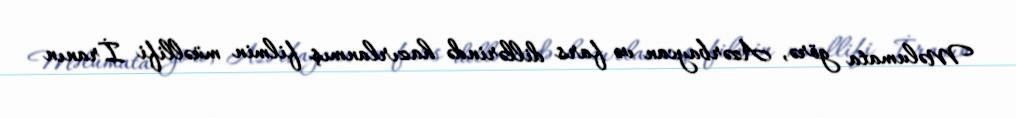
Məlumata görə, Azərbaycan və fars dillərində hazırlanmış filmin müəllifi İranın